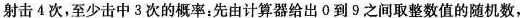
射击4次，至少击中3次的概率：先由计算器给出0到9之间取整数值的随机数，